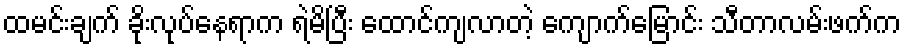
ထမင်းချက် ခိုးလုပ်နေရာက ရဲမိပြီး ထောင်ကျလာတဲ့ ကျောက်မြောင်း သီတာလမ်းဖက်က